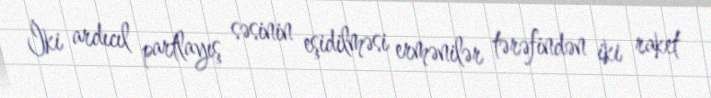
İki ardıcıl partlayış səsinin eşidilməsi ermənilər tərəfindən iki raket